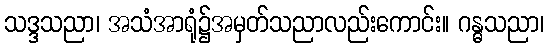
သဒ္ဒသညာ၊ အသံအာရုံ၌အမှတ်သညာလည်းကောင်း။ ဂန္ဓသညာ၊